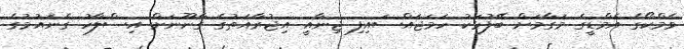
ވެމްކޯގެ އެމްޑީގެ މަގާމަށް ބޭފުޅަކު ހަމަޖައްސައިފި ޖިނާއީ އިޖުރާއަތުގެ ގާނޫނަށް އިސްލާހު ގެނައުމުގެ